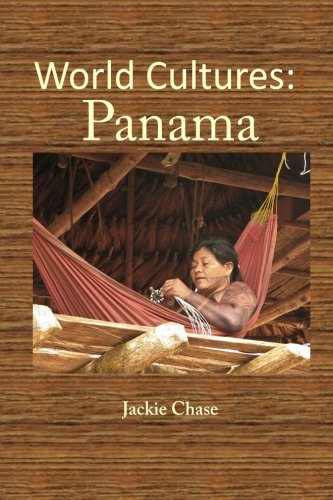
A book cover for World Cultures: Panama; Jackie Chase; Travel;